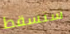
ستسقط